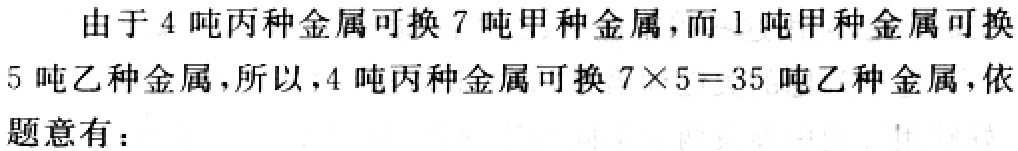
由于 \(4\) 吨丙种金属可换 \(7\) 吨甲种金属，而 \(1\) 吨甲种金属可换 \(5\) 吨乙种金属，所以，\(4\) 吨丙种金属可换 \(7\times5 = 35\) 吨乙种金属，依题意有：